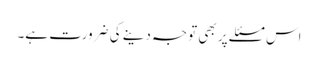
اس مسئلے پر بھی توجہ دینے کی ضرورت ہے۔